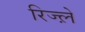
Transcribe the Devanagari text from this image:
रिज्ल़े